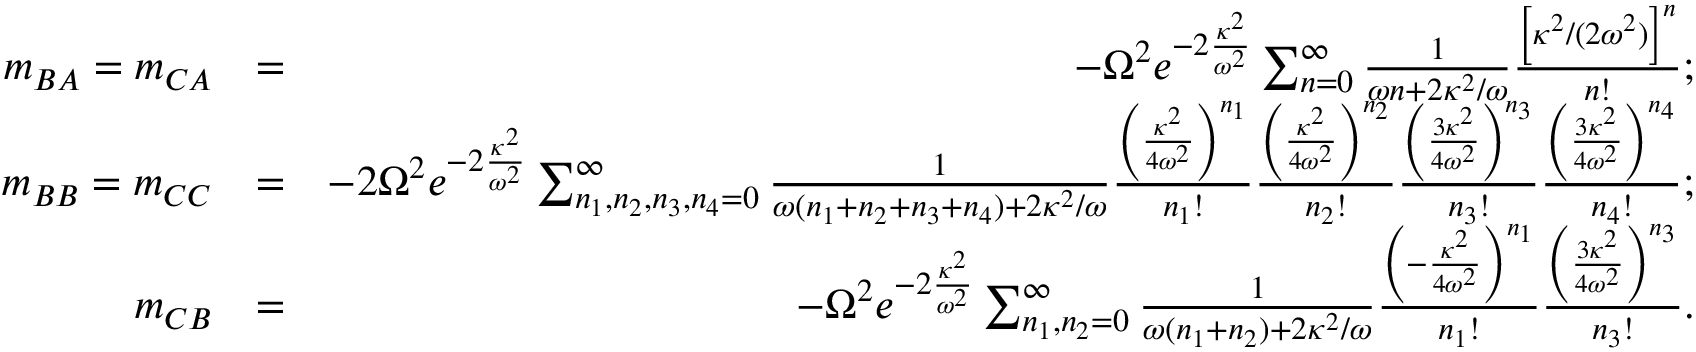
\begin{array} { r l r } { m _ { B A } = m _ { C A } } & { = } & { - \Omega ^ { 2 } e ^ { - 2 \frac { \kappa ^ { 2 } } { \omega ^ { 2 } } } \sum _ { n = 0 } ^ { \infty } \frac { 1 } { \omega n + 2 \kappa ^ { 2 } / \omega } \frac { \left[ \kappa ^ { 2 } / ( 2 \omega ^ { 2 } ) \right] ^ { n } } { n ! } ; } \\ { m _ { B B } = m _ { C C } } & { = } & { - 2 \Omega ^ { 2 } e ^ { - 2 \frac { \kappa ^ { 2 } } { \omega ^ { 2 } } } \sum _ { n _ { 1 } , n _ { 2 } , n _ { 3 } , n _ { 4 } = 0 } ^ { \infty } \frac { 1 } { \omega ( n _ { 1 } + n _ { 2 } + n _ { 3 } + n _ { 4 } ) + 2 \kappa ^ { 2 } / \omega } \frac { \left( \frac { \kappa ^ { 2 } } { 4 \omega ^ { 2 } } \right) ^ { n _ { 1 } } } { n _ { 1 } ! } \frac { \left( \frac { \kappa ^ { 2 } } { 4 \omega ^ { 2 } } \right) ^ { n _ { 2 } } } { n _ { 2 } ! } \frac { \left( \frac { 3 \kappa ^ { 2 } } { 4 \omega ^ { 2 } } \right) ^ { n _ { 3 } } } { n _ { 3 } ! } \frac { \left( \frac { 3 \kappa ^ { 2 } } { 4 \omega ^ { 2 } } \right) ^ { n _ { 4 } } } { n _ { 4 } ! } ; } \\ { m _ { C B } } & { = } & { - \Omega ^ { 2 } e ^ { - 2 \frac { \kappa ^ { 2 } } { \omega ^ { 2 } } } \sum _ { n _ { 1 } , n _ { 2 } = 0 } ^ { \infty } \frac { 1 } { \omega ( n _ { 1 } + n _ { 2 } ) + 2 \kappa ^ { 2 } / \omega } \frac { \left( - \frac { \kappa ^ { 2 } } { 4 \omega ^ { 2 } } \right) ^ { n _ { 1 } } } { n _ { 1 } ! } \frac { \left( \frac { 3 \kappa ^ { 2 } } { 4 \omega ^ { 2 } } \right) ^ { n _ { 3 } } } { n _ { 3 } ! } . } \end{array}